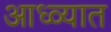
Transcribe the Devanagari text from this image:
आध्व्यात